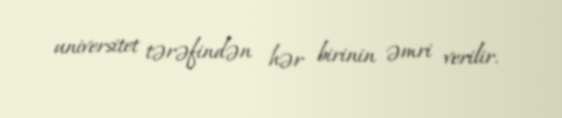
universitet tərəfindən hər birinin əmri verilir.